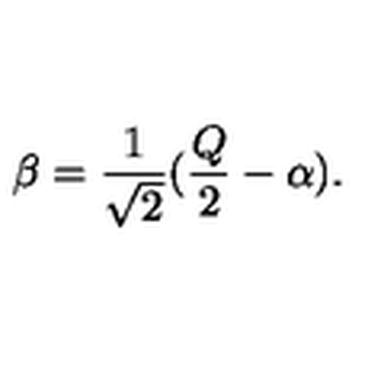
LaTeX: \beta = \frac { 1 } { \sqrt { 2 } } ( \frac { Q } { 2 } - \alpha ) .